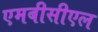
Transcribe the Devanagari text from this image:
एमबीसीएल